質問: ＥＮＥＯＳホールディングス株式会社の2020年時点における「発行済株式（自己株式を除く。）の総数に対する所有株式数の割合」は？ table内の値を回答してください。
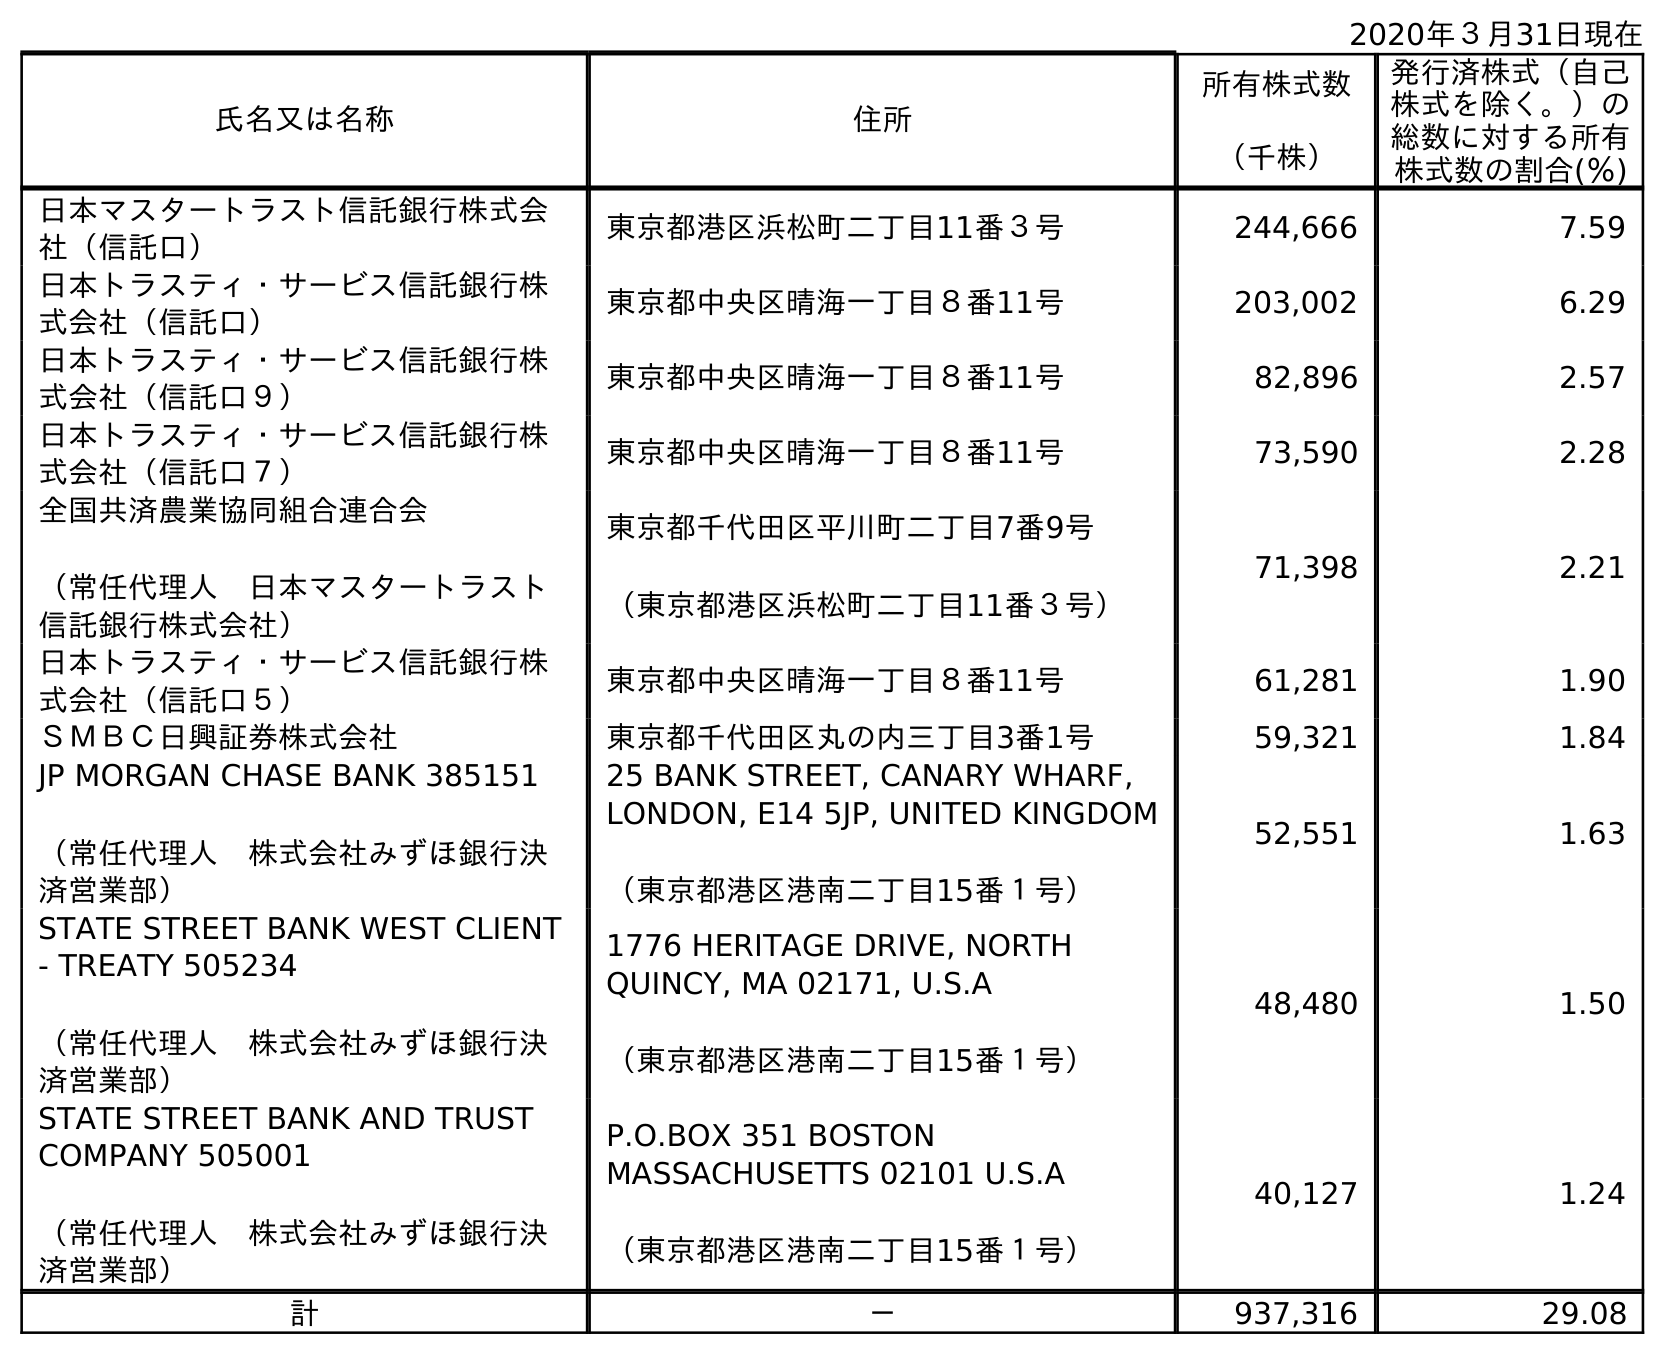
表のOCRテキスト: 2020年３月31日現在 氏名又は名称 住所 所有株式数 （千株） 発行済株式（自己 株式を除く。）の 総数に対する所有 株式数の割合(％) 日本マスタートラスト信託銀行株式会 社（信託口） 東京都港区浜松町二丁目11番３号 244,666 7.59 日本トラスティ・サービス信託銀行株 式会社（信託口） 東京都中央区晴海一丁目８番11号 203,002 6.29 日本トラスティ・サービス信託銀行株 式会社（信託口９） 東京都中央区晴海一丁目８番11号 82,896 2.57 日本トラスティ・サービス信託銀行株 式会社（信託口７） 東京都中央区晴海一丁目８番11号 73,590 2.28 全国共済農業協同組合連合会 （常任代理人 日本マスタートラスト 信託銀行株式会社） 東京都千代田区平川町二丁目7番9号 （東京都港区浜松町二丁目11番３号） 71,398 2.21 日本トラスティ・サービス信託銀行株 式会社（信託口５） 東京都中央区晴海一丁目８番11号 61,281 1.90 ＳＭＢＣ日興証券株式会社 東京都千代田区丸の内三丁目3番1号 59,321 1.84 JP MORGAN CHASE BANK 385151 （常任代理人 株式会社みずほ銀行決 済営業部） 25 BANK STREET, CANARY WHARF, LONDON, E14 5JP, UNITED KINGDOM （東京都港区港南二丁目15番１号） 52,551 1.63 STATE STREET BANK WEST CLIENT - TREATY 505234 （常任代理人 株式会社みずほ銀行決 済営業部） 1776 HERITAGE DRIVE, NORTH QUINCY, MA 02171, U.S.A （東京都港区港南二丁目15番１号） 48,480 1.50 STATE STREET BANK AND TRUST COMPANY 505001 （常任代理人 株式会社みずほ銀行決 済営業部） P.O.BOX 351 BOSTON MASSACHUSETTS 02101 U.S.A （東京都港区港南二丁目15番１号） 40,127 1.24 計 － 937,316 29.08
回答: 29.08